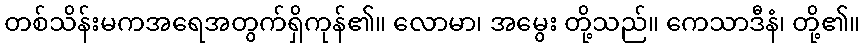
တစ်သိန်းမကအရေအတွက်ရှိကုန်၏။ လောမာ၊ အမွေး တို့သည်။ ကေသာဒီနံ၊ တို့၏။